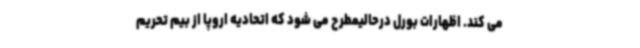
می کند. اظهارات بورل درحالیمطرح می شود که اتحادیه اروپا از بیم تحریم